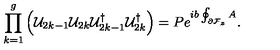
\prod _ { k = 1 } ^ { g } \left( { \cal U } _ { 2 k - 1 } { \cal U } _ { 2 k } { \cal U } _ { 2 k - 1 } ^ { \dagger } { \cal U } _ { 2 k } ^ { \dagger } \right) = P e ^ { i b \oint _ { \partial { \cal F } _ { z } } A } .